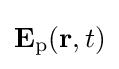
\mathbf {E} _{\mathrm {p} }(\mathbf {r} ,t)